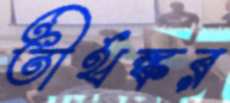
তীর্থঙ্কর